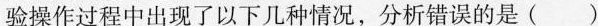
验操作过程中出现了以下几种情况，分析错误的是( )